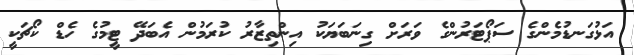
އަޅުގަނޑުމެންގެ ސަޕޯޓަރުންގެ ވަރަށް ގިނަބަޔަކު އިންތިޒާރު ކުރަމުން އެބަދޭ ޓީމުގެ ހެޑް ކޯޗަކީ